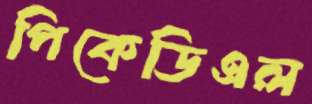
পিকেডিএল